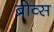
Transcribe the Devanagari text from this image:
ब्रोव्स